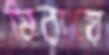
মিরায়ে